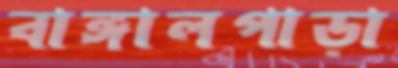
বাঙ্গালপাড়া